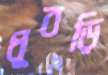
ধুবড়ি